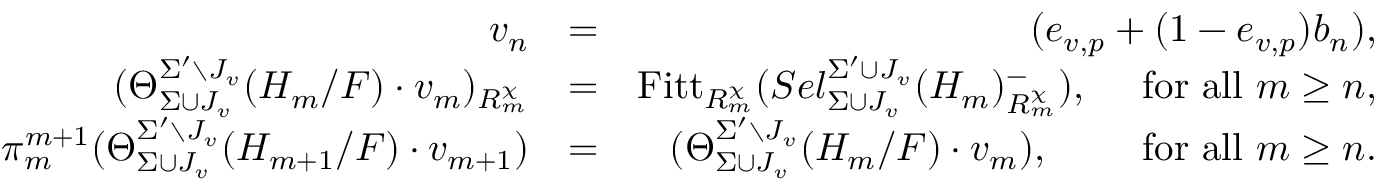
\begin{array} { r l r } { v _ { n } } & { = } & { ( e _ { v , p } + ( 1 - e _ { v , p } ) b _ { n } ) , } \\ { ( \Theta _ { \Sigma \cup J _ { v } } ^ { \Sigma ^ { \prime } \setminus J _ { v } } ( H _ { m } / F ) \cdot v _ { m } ) _ { R _ { m } ^ { \chi } } } & { = } & { \mathrm { F i t t } _ { R _ { m } ^ { \chi } } ( S e l _ { \Sigma \cup J _ { v } } ^ { \Sigma ^ { \prime } \cup J _ { v } } ( H _ { m } ) _ { R _ { m } ^ { \chi } } ^ { - } ) , \quad \mathrm { ~ f o r ~ a l l ~ } m \geq n , } \\ { \pi _ { m } ^ { m + 1 } ( \Theta _ { \Sigma \cup J _ { v } } ^ { \Sigma ^ { \prime } \setminus J _ { v } } ( H _ { m + 1 } / F ) \cdot v _ { m + 1 } ) } & { = } & { ( \Theta _ { \Sigma \cup J _ { v } } ^ { \Sigma ^ { \prime } \setminus J _ { v } } ( H _ { m } / F ) \cdot v _ { m } ) , \qquad \mathrm { ~ f o r ~ a l l ~ } m \geq n . } \end{array}